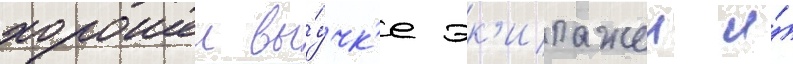
хорошеи вы́учк'е эк'ипажеи и́